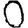
Digit: 0